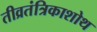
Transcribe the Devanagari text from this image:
तीव्रतंत्रिकाशोथ